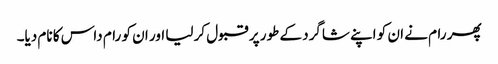
پھر رام نے ان کو اپنے شاگرد کے طور پر قبول کر لیا اور ان کو رام داس کا نام دیا۔